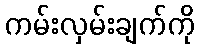
ကမ်းလှမ်းချက်ကို